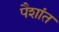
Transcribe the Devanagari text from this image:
पैशांत